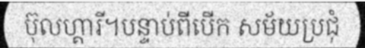
ប៊ុលហ្គារី។បន្ទាប់ពីបើក សម័យប្រជុំ